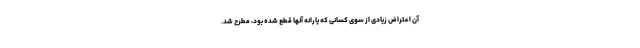
آن اعتراض زیادی از سوی کسانی که یارانه آنها قطع شده بود، مطرح شد.